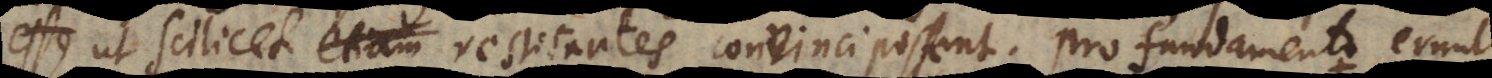
scilicet etiam resistentes convinci possent. Pro fundamento erunt